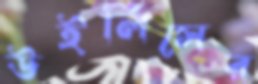
উইলিসের